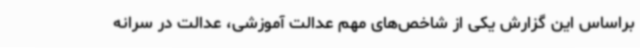
براساس این گزارش یکی از شاخص‌های مهم عدالت آموزشی، عدالت در سرانه